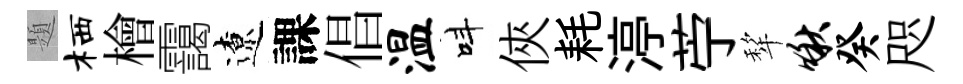
題栖檜靄遼課倡温呌俠耗渟苧犂啾癸咫